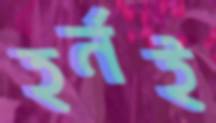
হর্নই